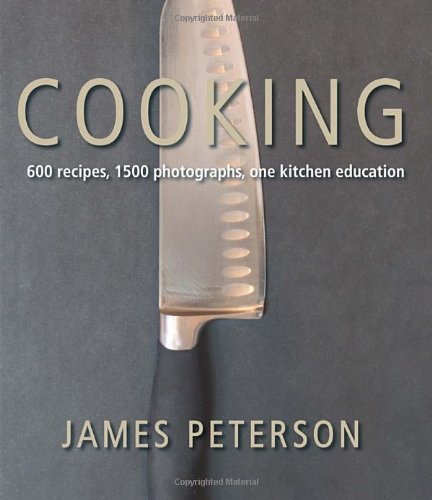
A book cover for Cooking; James Peterson; Cookbooks, Food & Wine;